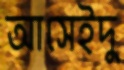
আসেইদু